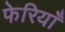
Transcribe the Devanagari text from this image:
फेरियाँ